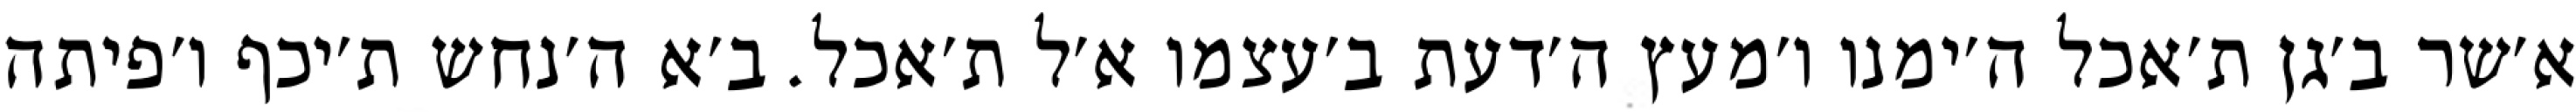
א׳שר ב׳גן ת׳אכל ה׳ימנו ו׳מעץ ה׳דעת ב׳עצמו א׳ל ת׳אכל. ב׳א ה׳נחש ת׳יכף ו׳פיתה